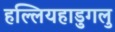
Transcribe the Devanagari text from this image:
हल्लियहाडुगलु